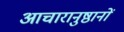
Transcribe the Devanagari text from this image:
आचारानुष्ठानों